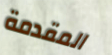
المقدمة